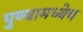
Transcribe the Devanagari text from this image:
पुण्यामध्येच